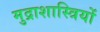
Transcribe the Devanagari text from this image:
मुद्राशास्त्रियों